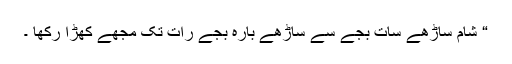
“ شام ساڑھے سات بجے سے ساڑھے بارہ بجے رات تک مجھے کھڑا رکھا ۔